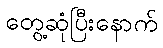
တွေ့ဆုံပြီးနောက်